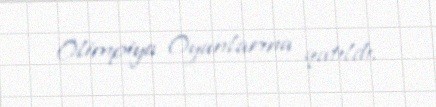
Olimpiya Oyunlarına qatıldı.